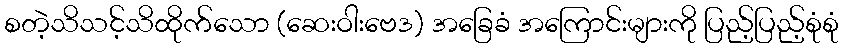
စတဲ့သိသင့်သိထိုက်သော (ဆေးဝါးဗေဒ) အခြေခံ အကြောင်းများကို ပြည့်ပြည့်စုံစုံ